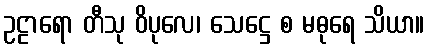
ဥဠာရော တီသု ဝိပုလေ၊ သေဋ္ဌေ စ မဓုရေ သိယာ။